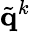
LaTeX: \tilde{\mathbf{q}}^{k}